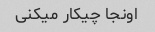
اونجا چیکار میکنی